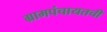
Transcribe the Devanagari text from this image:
ग्रामपंचायतची